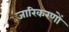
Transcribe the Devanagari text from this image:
जारिकरणों